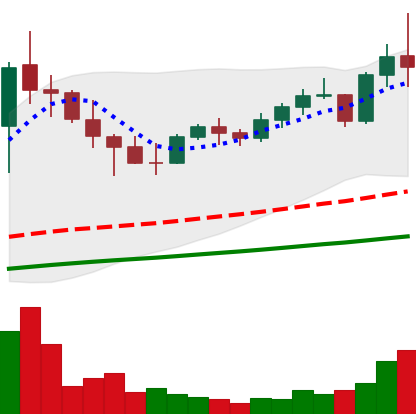
Ticker: NEO-USD
Chart end date: 2021-05-07
Forward return: -21.529%
Label: down_7plus